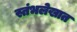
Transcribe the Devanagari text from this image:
स्तंभलेखात